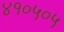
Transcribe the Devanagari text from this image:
४१०५०५